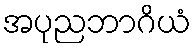
အပုညဘာဂိယံ